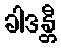
ခါဒန္တီ